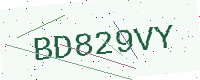
Text: BD829VY